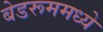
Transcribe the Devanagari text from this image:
बेडरूममध्ये